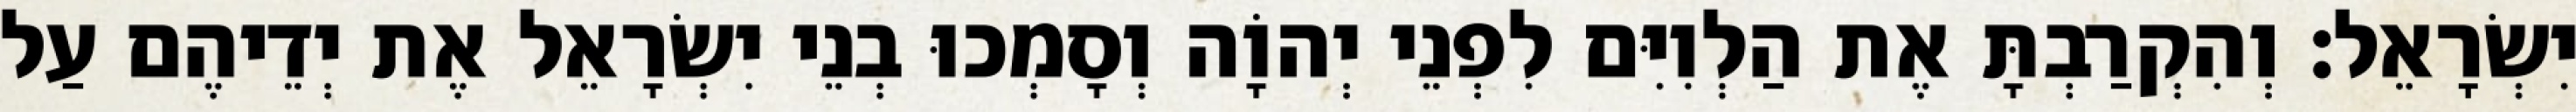
יִשְׂרָאֵל׃ וְהִקְרַבְתָּ אֶת הַלְוִיִּם לִפְנֵי יְהוָֹה וְסָמְכוּ בְנֵי יִשְׂרָאֵל אֶת יְדֵיהֶם עַל